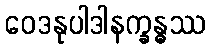
ဝေဒနုပါဒါနက္ခန္ဓဿ